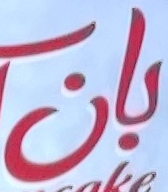
بان